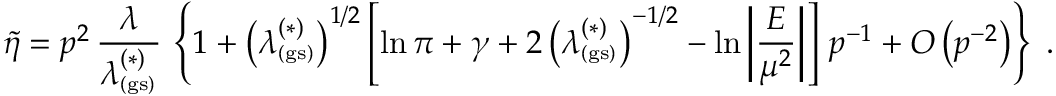
\widetilde { \eta } = p ^ { 2 } \, \frac { \lambda } { \lambda _ { _ \mathrm { ( g s ) } } ^ { ( \ast ) } } \, \left\{ 1 + \left( \lambda _ { _ \mathrm { ( g s ) } } ^ { ( \ast ) } \right) ^ { 1 / 2 } \left[ \ln \pi + \gamma + 2 \left( \lambda _ { _ \mathrm { ( g s ) } } ^ { ( \ast ) } \right) ^ { - 1 / 2 } - \ln \left| \frac { E } { \mu ^ { 2 } } \right| \right] \, p ^ { - 1 } + O \left( p ^ { - 2 } \right) \right\} \; .